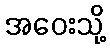
အဝေးသို့